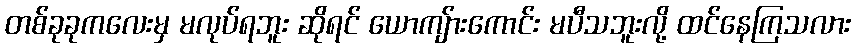
တစ်ခုခုကလေးမှ မလုပ်ရဘူး ဆိုရင် ယောကျ်ားကောင်း မပီသဘူးလို့ ထင်နေကြသလား